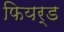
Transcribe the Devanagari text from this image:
फियर्ड